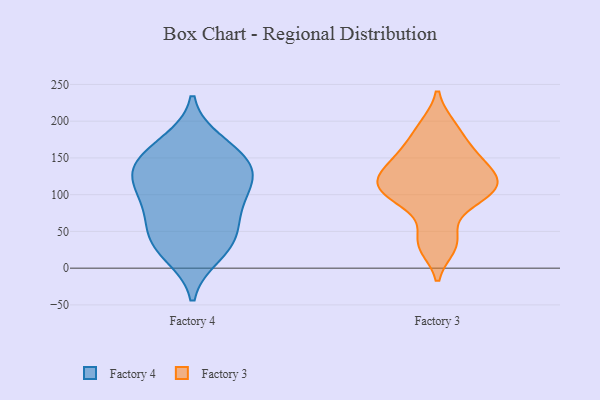
{"axis": {"x": "Latency (ms)", "y": "Value"}, "legend": ["Factory 3", "Factory 4"], "data": [{"x": "", "y": 129, "type": "Factory 4"}, {"x": "", "y": 19, "type": "Factory 4"}, {"x": "", "y": 103, "type": "Factory 4"}, {"x": "", "y": 144, "type": "Factory 4"}, {"x": "", "y": 140, "type": "Factory 4"}, {"x": "", "y": 44, "type": "Factory 4"}, {"x": "", "y": 78, "type": "Factory 4"}, {"x": "", "y": 111, "type": "Factory 4"}, {"x": "", "y": 161, "type": "Factory 4"}, {"x": "", "y": 171, "type": "Factory 4"}, {"x": "", "y": 127, "type": "Factory 4"}, {"x": "", "y": 29, "type": "Factory 4"}, {"x": "", "y": 43, "type": "Factory 4"}, {"x": "", "y": 78, "type": "Factory 4"}, {"x": "", "y": 164, "type": "Factory 3"}, {"x": "", "y": 193, "type": "Factory 3"}, {"x": "", "y": 105, "type": "Factory 3"}, {"x": "", "y": 128, "type": "Factory 3"}, {"x": "", "y": 157, "type": "Factory 3"}, {"x": "", "y": 157, "type": "Factory 3"}, {"x": "", "y": 104, "type": "Factory 3"}, {"x": "", "y": 99, "type": "Factory 3"}, {"x": "", "y": 41, "type": "Factory 3"}, {"x": "", "y": 84, "type": "Factory 3"}, {"x": "", "y": 124, "type": "Factory 3"}, {"x": "", "y": 126, "type": "Factory 3"}, {"x": "", "y": 193, "type": "Factory 3"}, {"x": "", "y": 32, "type": "Factory 3"}, {"x": "", "y": 30, "type": "Factory 3"}, {"x": "", "y": 139, "type": "Factory 3"}, {"x": "", "y": 98, "type": "Factory 3"}, {"x": "", "y": 122, "type": "Factory 3"}, {"x": "", "y": 110, "type": "Factory 3"}]}